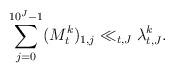
LaTeX: \begin{align*}\sum_{j=0}^{10^J-1}(M_t^k)_{1,j}\ll_{t,J}\lambda_{t,J}^k.\end{align*}